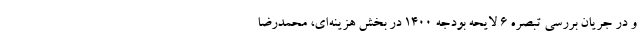
و در جریان بررسی تبصره ۶ لایحه بودجه ۱۴۰۰ در بخش هزینه‌ای، محمدرضا